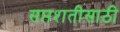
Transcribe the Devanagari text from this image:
सप्तशतीसाठी